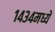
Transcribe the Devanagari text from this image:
१४३४मध्ये